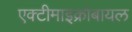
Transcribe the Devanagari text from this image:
एक्टीमाइक्रोबायल